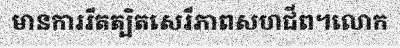
មានការរឹតត្បិតសេរីភាពសហជីព។លោក